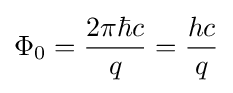
\Phi _{0}={\frac {2\pi \hbar c}{q}}={\frac {hc}{q}}